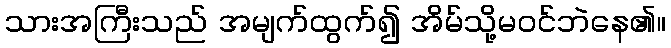
သားအကြီးသည် အမျက်ထွက်၍ အိမ်သို့မဝင်ဘဲနေ၏။